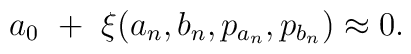
a_{0}\,\,+\,\,\xi(a_{n}, b_{n}, p_{a_{n}}, p_{b_{n}}) \approx 0.